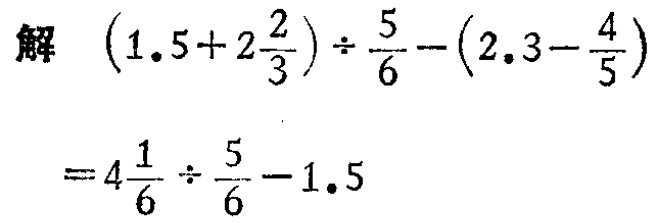
解 \(\left(1.5 + 2\frac{2}{3}\right)\div\frac{5}{6}-\left(2.3 - \frac{4}{5}\right)\)

\(= 4\frac{1}{6}\div\frac{5}{6}-1.5\)